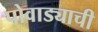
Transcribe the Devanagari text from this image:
पोवाड्याची